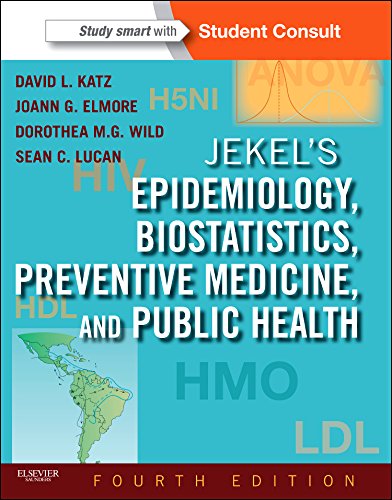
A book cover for Jekel's Epidemiology, Biostatistics, Preventive Medicine, and Public Health: With STUDENT CONSULT Online Access, 4e (Jekel's Epidemiology, Biostatistics, Preventive Medicine, Public Health); David L. Katz MD  MPH; Medical Books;